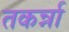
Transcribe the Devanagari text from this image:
तकर्न्ना